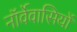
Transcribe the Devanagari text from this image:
नॉर्वेवासियों